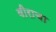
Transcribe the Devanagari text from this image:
वीराचा